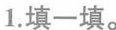
1.填一填。